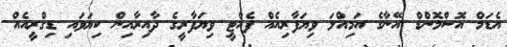
އެޑަމް އޮސްމޮންޑް އޭނާގެ އަމިއްލަ ވިޔަފާރިއެއް ފެއްޓީ ވިޔަފާރީގެ ދާއިރާއިން ކިޔަވައި ޑިގްރީއެއް